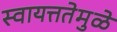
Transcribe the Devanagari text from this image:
स्वायत्ततेमुळे